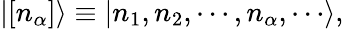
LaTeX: |[n_{\alpha}]\rangle\equiv|n_{1},n_{2},\cdots,n_{\alpha},\cdots\rangle,